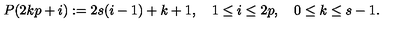
P ( 2 k p + i ) : = 2 s ( i - 1 ) + k + 1 , \quad 1 \leq i \leq 2 p , \quad 0 \leq k \leq s - 1 .